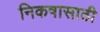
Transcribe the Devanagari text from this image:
निकषासाठी